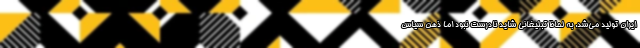
ایران تولید می‌شد. به لحاظ تبلیغانی شاید نادرست نبود اما ذهن سیاس